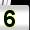
Digit: 5